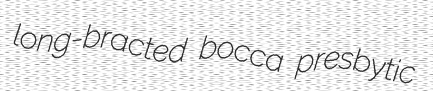
long-bracted bocca presbytic